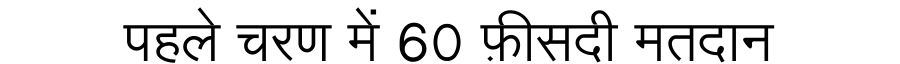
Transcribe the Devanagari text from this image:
पहले चरण में 60 फ़ीसदी मतदान